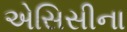
એસિસીના